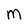
Character: m